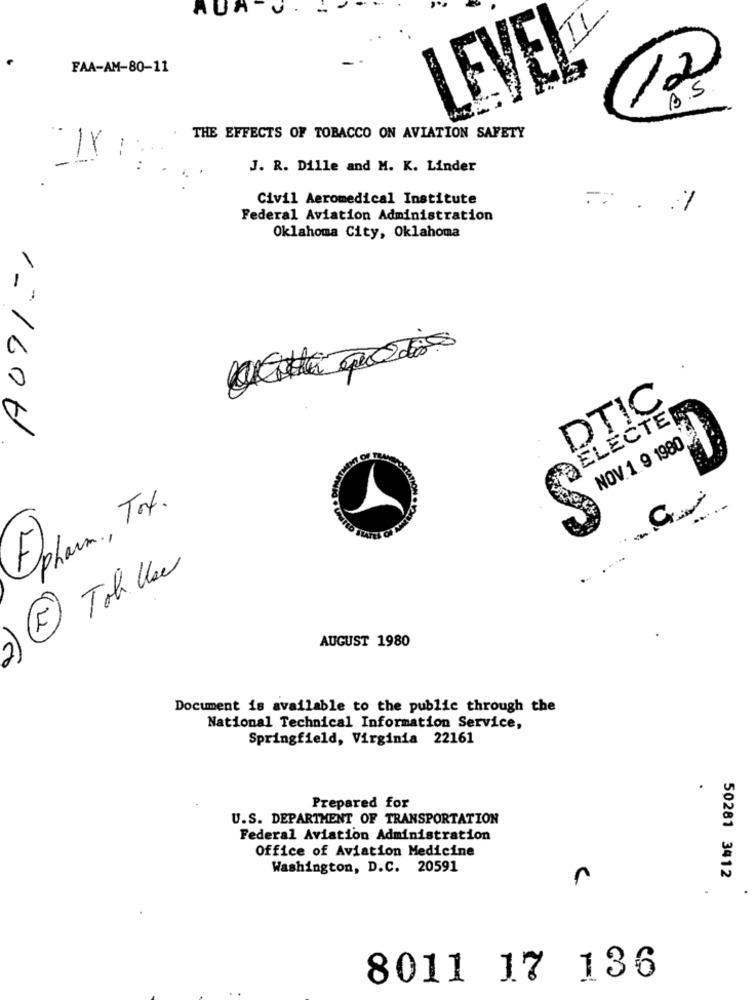
AUA
FAA-AM-80-11
LEVEL
12
B.S
THE EFFECTS OF TOBACCO ON AVIATION SAFETY
-
J. R. Dille and M. K. Linder
Civil Aeromedical Institute
Federal Aviation Administration
Oklahoma City, Oklahoma
DTIC
ELECTE
1=1600
NOV1980
pharm. , Tox .
Tob Use
AUGUST 1980
2
Document is available to the public through the
National Technical Information Service,
Springfield, Virginia 22161
.
Prepared for
U.S. DEPARTMENT OF TRANSPORTATION
Federal Aviation Administration
Office of Aviation Medicine
Washington, D.C. 20591
50281 3412
8011 17 136